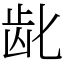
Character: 龀